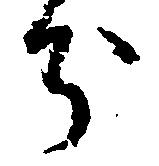
分